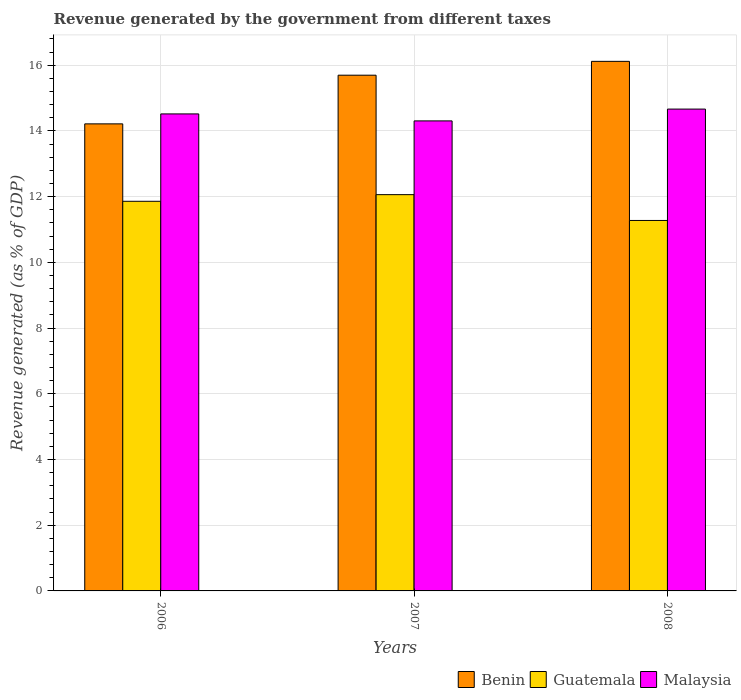
| Years | Benin | Guatemala | Malaysia |
 | --- | --- | --- | --- |
 | 2006 | 14.2 | 11.9 | 14.5 |
 | 2007 | 15.7 | 12.1 | 14.3 |
 | 2008 | 16.1 | 11.3 | 14.7 |